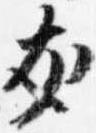
友